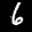
Label: 6